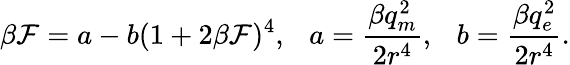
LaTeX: \beta{\cal F}=a-b(1+2\beta{\cal F})^{4},~~~a=\frac{\beta q_{m}^{2}}{2r^{4}},~~~b=\frac{\beta q_{e}^{2}}{2r^{4}}.